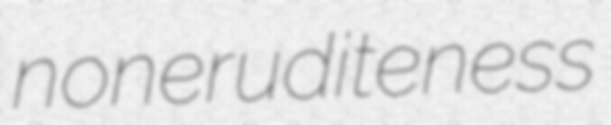
noneruditeness